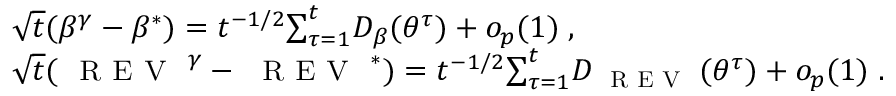
\begin{array} { r l } & { \sqrt { t } ( \beta ^ { \gamma } - \beta ^ { * } ) = t ^ { - 1 / 2 } { \sum _ { \tau = 1 } ^ { t } } D _ { \beta } ( { \theta ^ { \tau } } ) + o _ { p } ( 1 ) \; , } \\ & { \sqrt { t } ( { \small \textsc { { R E V } } } ^ { \gamma } - { \small \textsc { { R E V } } } ^ { * } ) = t ^ { - 1 / 2 } { \sum _ { \tau = 1 } ^ { t } } D _ { \small \textsc { { R E V } } } ( { \theta ^ { \tau } } ) + o _ { p } ( 1 ) \; . } \end{array}